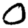
Digit: 0